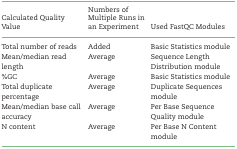
<table><thead><tr><td><b>Calculated Quality Value</b></td><td><b>Numbers of Multiple Runs in an Experiment</b></td><td><b>Used FastQC Modules</b></td></tr></thead><tbody><tr><td>Total number of reads</td><td>Added</td><td>Basic Statistics module</td></tr><tr><td>Mean/median read length</td><td>Average</td><td>Sequence Length Distribution module</td></tr><tr><td>%GC</td><td>Average</td><td>Basic Statistics module</td></tr><tr><td>Total duplicate percentage</td><td>Average</td><td>Duplicate Sequences module</td></tr><tr><td>Mean/median base call accuracy</td><td>Average</td><td>Per Base Sequence Quality module</td></tr><tr><td>N content</td><td>Average</td><td>Per Base N Content module</td></tr></tbody></table>